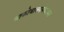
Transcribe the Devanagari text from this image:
वाकोवाक्यमेकायन